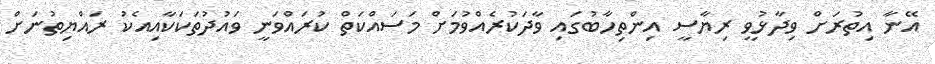
އޭނާ އިތުރަށް ވިދާޅުވީ ރިޔާސީ އިންތިހާބުގައި ވާދަކުރެއްވުމަށް މަސައްކަތް ކުރައްވަނީ ވައުދުތަކަކާއިއެކު ރައްޔިތުނަށް